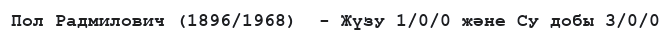
Пол Радмилович (1896/1968)  - Жүзу 1/0/0 және Су добы 3/0/0